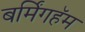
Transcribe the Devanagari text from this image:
बर्मिंगहॅम